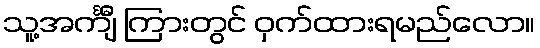
သူ့အင်္ကျီ ကြားတွင် ဝှက်ထားရမည်လော။